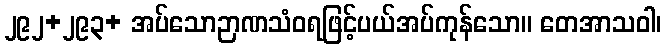
၂၉၂+၂၉၃+ အပ်သောဉာဏသံဝရဖြင့်ပယ်အပ်ကုန်သော။ တေအာသဝါ၊